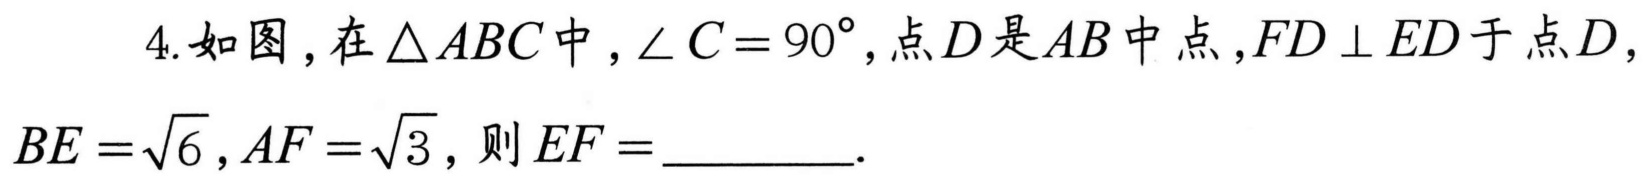
4.如图，在\(\triangle ABC\)中，\(\angle C = 90^{\circ}\)，点\(D\)是\(AB\)中点，\(FD\perp ED\)于点\(D\)，\(BE = \sqrt{6}\)，\(AF = \sqrt{3}\)，则\(EF =\underline{\quad\quad}\).